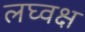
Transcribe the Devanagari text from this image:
लघ्वक्ष